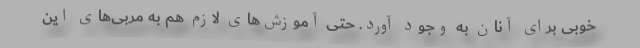
خوبی برای آنان به وجود آورد. حتی آموزش‌های لازم هم به مربی‌های این